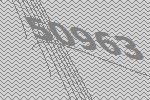
50963